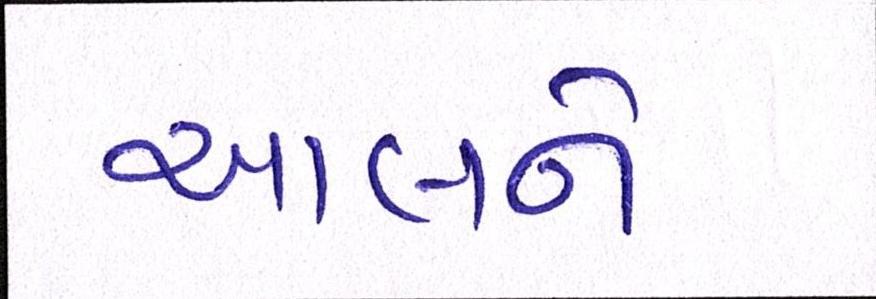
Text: આલને